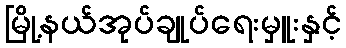
မြို့နယ်အုပ်ချုပ်ရေးမှူးနှင့်